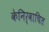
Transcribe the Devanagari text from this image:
केनिर्वाचित